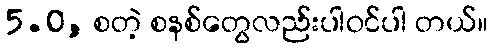
5.0, စတဲ့ စနစ်တွေလည်းပါဝင်ပါ တယ်။